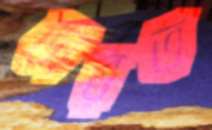
ভারত